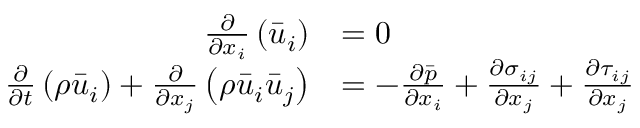
\begin{array} { r l } { \frac { \partial } { \partial x _ { i } } \left( \bar { u } _ { i } \right) } & { = 0 } \\ { \frac { \partial } { \partial t } \left( \rho \bar { u } _ { i } \right) + \frac { \partial } { \partial x _ { j } } \left( \rho \bar { u } _ { i } \bar { u } _ { j } \right) } & { = - \frac { \partial \bar { p } } { \partial x _ { i } } + \frac { \partial \sigma _ { i j } } { \partial x _ { j } } + \frac { \partial \tau _ { i j } } { \partial x _ { j } } } \end{array}